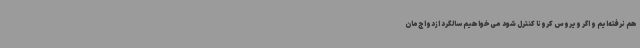
هم نرفته‌ایم و اگر ویروس کرونا کنترل شود می‌خواهیم سالگرد ازدواج‌مان